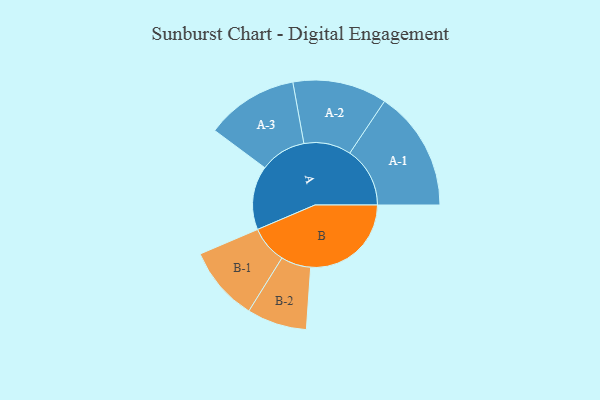
{"axis": {"x": "Segment", "y": "Value"}, "legend": ["", "A", "B"], "data": [{"x": "A", "y": 256, "type": ""}, {"x": "B", "y": 403, "type": ""}, {"x": "A-1", "y": 241, "type": "A"}, {"x": "A-2", "y": 189, "type": "A"}, {"x": "A-3", "y": 185, "type": "A"}, {"x": "B-1", "y": 150, "type": "B"}, {"x": "B-2", "y": 120, "type": "B"}]}